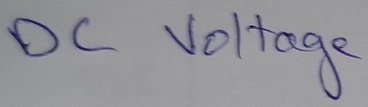
Text: DC Voltage